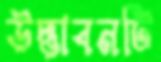
উদ্ভাবনটি